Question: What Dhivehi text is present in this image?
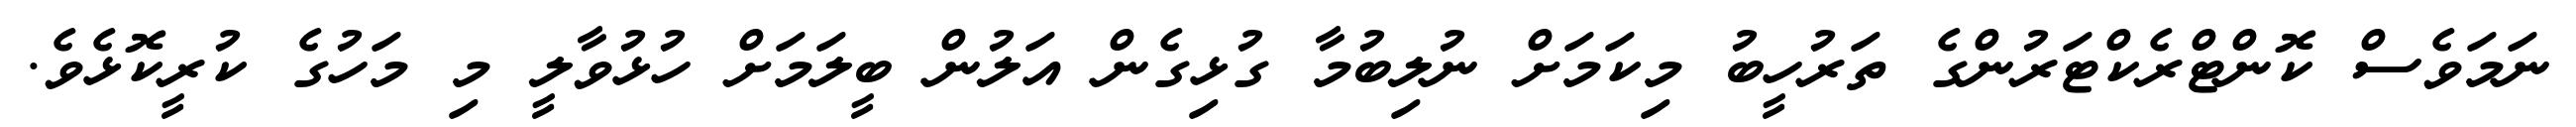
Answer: ނަމަވެސް ކޮންޓްރެކްޓަރުންގެ ތަރުހީބު މިކަމަށް ނުލިބުމާ ގުޅިގެން އަލުން ބީލަމަށް ހުޅުވާލީ މި މަހުގެ ކުރީކޮޅެވެ.